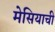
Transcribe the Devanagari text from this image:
मेसियाची